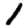
Digit: 1